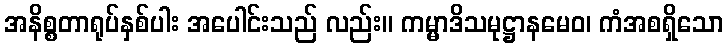
အနိစ္စတာရုပ်နှစ်ပါး အပေါင်းသည် လည်း။ ကမ္မာဒိသမုဋ္ဌာနမေဝ၊ ကံအစရှိသော